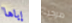
إياها مرحبا